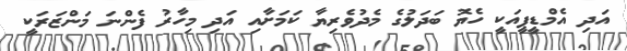
އަދި އެމްޑީޕީއަކީ ހެޔޮ ބަދަލުގެ މެދުވެރިޔާ ކަމަށާއި އަދި މިހާރު ފެންނަ މަންޒަރަކީ